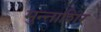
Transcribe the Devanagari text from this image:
मुन्ताशिर